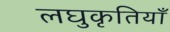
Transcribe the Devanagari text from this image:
लघुकृतियाँ